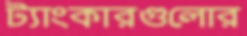
ট্যাংকারগুলোর